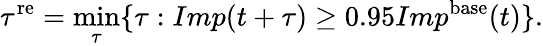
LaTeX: \tau^{\mathrm{re}}=\operatorname*{min}_{\tau}\{ \tau:Imp(t+\tau)\geq 0.95Imp^{\mathrm{base}}(t)\} .